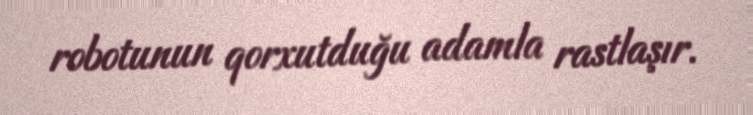
robotunun qorxutduğu adamla rastlaşır.